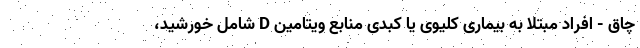
چاق - افراد مبتلا به بیماری کلیوی یا کبدی منابع ویتامین D شامل خورشید،